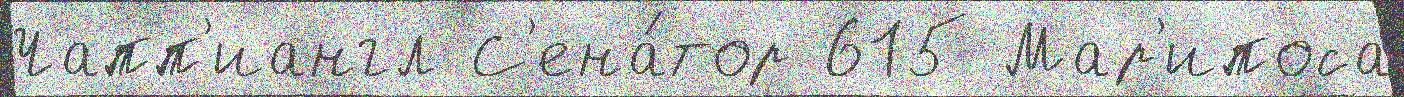
Чапп'иангл С'ена́тор 615 Мар'ипоса